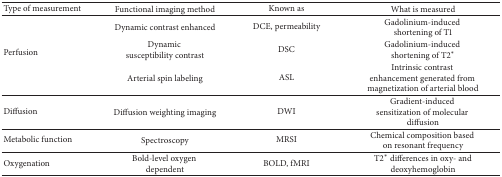
<table><thead><tr><td><b>Type of measurement</b></td><td><b>Functional imaging method</b></td><td><b>Known as</b></td><td><b>What is measured</b></td></tr></thead><tbody><tr><td rowspan="3">Perfusion</td><td>Dynamic contrast enhanced </td><td>DCE, permeability</td><td>Gadolinium-induced shortening of T1</td></tr><tr><td>Dynamic susceptibility contrast</td><td>DSC</td><td>Gadolinium-induced shortening of T2*</td></tr><tr><td>Arterial spin labeling </td><td>ASL</td><td>Intrinsic contrast enhancement generated from magnetization of arterial blood </td></tr><tr><td>Diffusion</td><td>Diffusion weighting imaging</td><td>DWI</td><td>Gradient-induced sensitization of molecular diffusion</td></tr><tr><td>Metabolic function</td><td>Spectroscopy</td><td>MRSI</td><td>Chemical composition based on resonant frequency</td></tr><tr><td>Oxygenation</td><td>Bold-level oxygen dependent</td><td>BOLD, fMRI</td><td>T2* differences in oxy- and deoxyhemoglobin</td></tr></tbody></table>